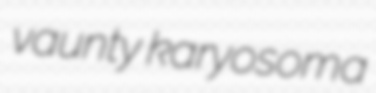
vaunty karyosoma